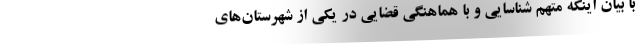
با بیان اینکه متهم شناسایی و با هماهنگی قضایی در یکی از شهرستان‌های